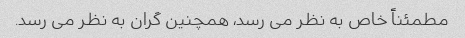
مطمئناً خاص به نظر می رسد، همچنین گران به نظر می رسد.